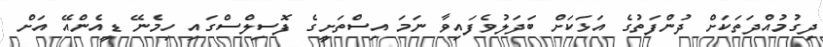
ދިގުމުއްދަތަކަށް ދުންފަތުގެ އަޅަކަށް ބަދަލުވެފައިވާ ނަމަ އިސްތަށީގެ ފޮސިލްސްގައި ހިމެނޭ ޑީއެންއޭ އަށް